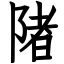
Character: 陼